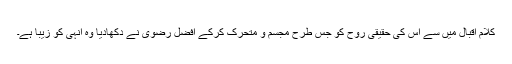
کلام اقبالؒ میں سے اس کی حقیقی روح کو جس طرح مجسم و متحرک کرکے افضل رضویؔ نے دکھادیا وہ انہی کو زیبا ہے۔